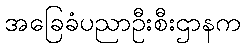
အခြေခံပညာဦးစီးဌာနက